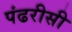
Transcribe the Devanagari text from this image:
पंढरीसी